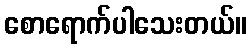
စောရောက်ပါသေးတယ်။